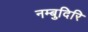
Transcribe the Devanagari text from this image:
नम्बुदिरि